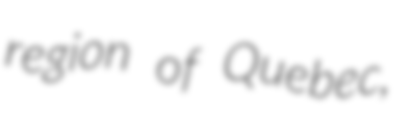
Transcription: region of Quebec,